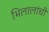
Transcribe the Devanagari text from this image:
भिलालांची